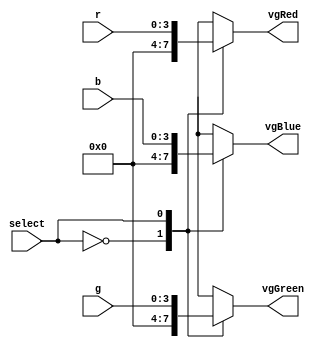
module color(
	output reg [3:0] vgRed,
	output reg [3:0] vgGreen,
	output reg [3:0] vgBlue,
	input [3:0] r,
	input [3:0] g,
	input [3:0] b,
	input select
	);


always @(r or g or b or select)
	case(select)
	0: begin
	       vgRed = 0;
	       vgGreen=0;
	       vgBlue=0;
	   end
	1: begin
	       vgRed=r;
	       vgGreen=g;
	       vgBlue=b;
	   end
	endcase

endmodule